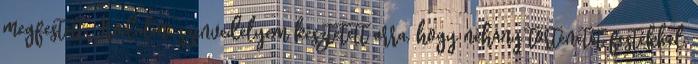
megfestett. Irodalmi szenvedélyem késztetett arra, hogy néhány történetet festékkel,